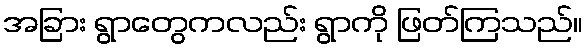
အခြား ရွာတွေကလည်း ရွာကို ဖြတ်ကြသည်။